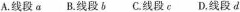
A.线段α B.线段b C.线段e D.线段d